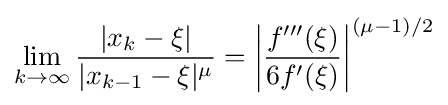
\lim _{k\to \infty }{\frac {|x_{k}-\xi |}{|x_{k-1}-\xi |^{\mu }}}=\left|{\frac {f'''(\xi )}{6f'(\xi )}}\right|^{(\mu -1)/2}